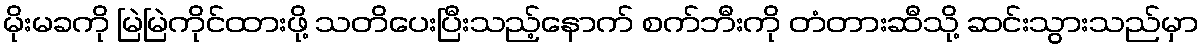
မိုးမခကို မြဲမြဲကိုင်ထားဖို့ သတိပေးပြီးသည့်နောက် စက်ဘီးကို တံတားဆီသို့ ဆင်းသွားသည်မှာ